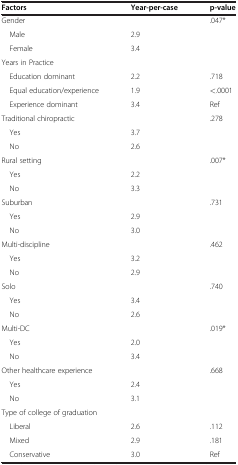
<table><thead><tr><td><b>Factors</b></td><td><b>Year-per-case</b></td><td><b>p-value</b></td></tr></thead><tbody><tr><td>Gender</td><td>[EMPTY_CELL]</td><td>.047*</td></tr><tr><td> Male</td><td>2.9</td><td>[EMPTY_CELL]</td></tr><tr><td> Female</td><td>3.4</td><td>[EMPTY_CELL]</td></tr><tr><td>Years in Practice</td><td>[EMPTY_CELL]</td><td>[EMPTY_CELL]</td></tr><tr><td> Education dominant</td><td>2.2</td><td>.718</td></tr><tr><td> Equal education/experience</td><td>1.9</td><td>&lt;.0001</td></tr><tr><td> Experience dominant</td><td>3.4</td><td>Ref</td></tr><tr><td>Traditional chiropractic</td><td>[EMPTY_CELL]</td><td>.278</td></tr><tr><td> Yes</td><td>3.7</td><td>[EMPTY_CELL]</td></tr><tr><td> No</td><td>2.6</td><td>[EMPTY_CELL]</td></tr><tr><td>Rural setting</td><td>[EMPTY_CELL]</td><td>.007*</td></tr><tr><td> Yes</td><td>2.2</td><td>[EMPTY_CELL]</td></tr><tr><td> No</td><td>3.3</td><td>[EMPTY_CELL]</td></tr><tr><td>Suburban</td><td>[EMPTY_CELL]</td><td>.731</td></tr><tr><td> Yes</td><td>2.9</td><td>[EMPTY_CELL]</td></tr><tr><td> No</td><td>3.0</td><td>[EMPTY_CELL]</td></tr><tr><td>Multi-discipline</td><td>[EMPTY_CELL]</td><td>.462</td></tr><tr><td> Yes</td><td>3.2</td><td>[EMPTY_CELL]</td></tr><tr><td> No</td><td>2.9</td><td>[EMPTY_CELL]</td></tr><tr><td>Solo</td><td>[EMPTY_CELL]</td><td>.740</td></tr><tr><td> Yes</td><td>3.4</td><td>[EMPTY_CELL]</td></tr><tr><td> No</td><td>2.6</td><td>[EMPTY_CELL]</td></tr><tr><td>Multi-DC</td><td>[EMPTY_CELL]</td><td>.019*</td></tr><tr><td> Yes</td><td>2.0</td><td>[EMPTY_CELL]</td></tr><tr><td> No</td><td>3.4</td><td>[EMPTY_CELL]</td></tr><tr><td>Other healthcare experience</td><td>[EMPTY_CELL]</td><td>.668</td></tr><tr><td> Yes</td><td>2.4</td><td>[EMPTY_CELL]</td></tr><tr><td> No</td><td>3.1</td><td>[EMPTY_CELL]</td></tr><tr><td>Type of college of graduation</td><td>[EMPTY_CELL]</td><td>[EMPTY_CELL]</td></tr><tr><td> Liberal</td><td>2.6</td><td>.112</td></tr><tr><td> Mixed</td><td>2.9</td><td>.181</td></tr><tr><td> Conservative</td><td>3.0</td><td>Ref</td></tr></tbody></table>